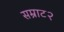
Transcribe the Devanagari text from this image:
सम्राट२